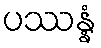
ပဿန္နံ